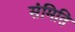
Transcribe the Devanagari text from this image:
संमिति